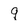
Character: q